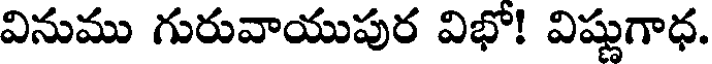
వినుము గురువాయుపుర విభో! విష్ణుగాధ.